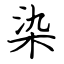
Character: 染